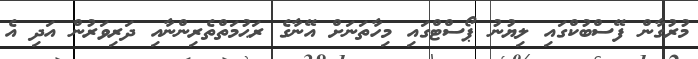
މުރުގާން ފޭސްބުކްގައި ލިޔުނު ޕޯސްޓްގައި މިހާތަނަށް އޭނާގެ ރަޙުމަތްތެރިންނާއި ދަރިވަރުން އަދި އެ